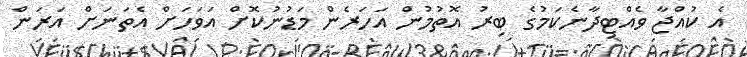
އެ ކުއްޖާ ވެއްޓިދާނެކަމުގެ ބިރު އޮތުމުން އަހަރެން މަޑުނުކޮށް އަވަހަށް އެތަނަށް އަރަން